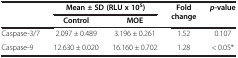
<table><thead><tr><td rowspan="2"><b> </b></td><td colspan="2"><b>Mean ± SD (RLU x 10<sup>5</sup>)</b></td><td rowspan="2"><b>Fold change</b></td><td rowspan="2"><b><i>p</i>-value</b></td></tr><tr><td><b>Control</b></td><td><b>MOE</b></td></tr></thead><tbody><tr><td>Caspase-3/7</td><td>2.097 ± 0.489</td><td>3.196 ± 0.261</td><td>1.52</td><td>0.107</td></tr><tr><td>Caspase-9</td><td>12.630 ± 0.020</td><td>16.160 ± 0.702</td><td>1.28</td><td>&lt; 0.05*</td></tr></tbody></table>